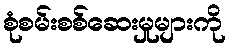
စုံစမ်းစစ်ဆေးမှုများကို